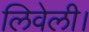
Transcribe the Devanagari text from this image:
लिवेली।